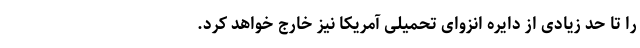
را تا حد زیادی از دایره انزوای تحمیلی آمریکا نیز خارج خواهد کرد.